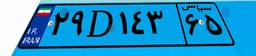
۲۹D۱۴۳۶۵